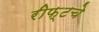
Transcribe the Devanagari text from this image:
रीफ्टचे